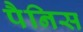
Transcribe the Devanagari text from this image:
पैनिस